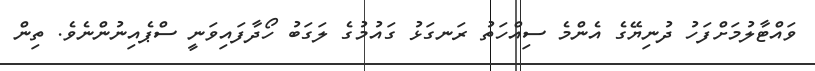
ވައްޓާލުމަށްފަހު ދުނިޔޭގެ އެންމެ ސިއްހަތު ރަނގަޅު ގައުމުގެ ލަގަބު ހޯދާފައިވަނީ ސްޕެއިނުންނެވެ. ތިން